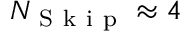
N _ { \mathrm { ~ S ~ k ~ i ~ p ~ } } \approx 4